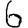
Digit: 6